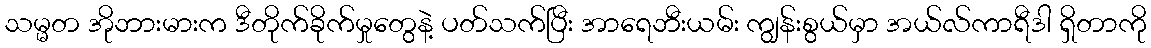
သမ္မတ အိုဘားမားက ဒီတိုက်ခိုက်မှုတွေနဲ့ ပတ်သက်ပြီး အာရေဘီးယမ်း ကျွန်းစွယ်မှာ အယ်လ်ကာရီဒါ ရှိတာကို